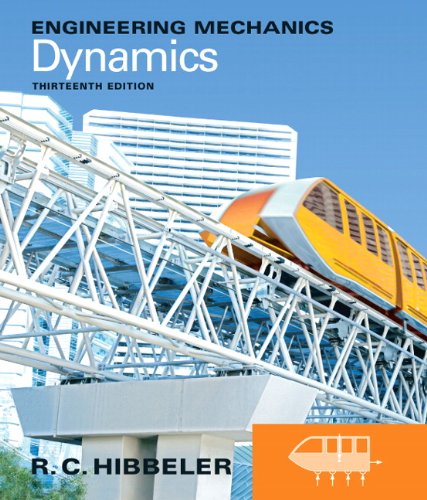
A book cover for Engineering Mechanics: Dynamics (13th Edition); Russell C. Hibbeler; Science & Math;